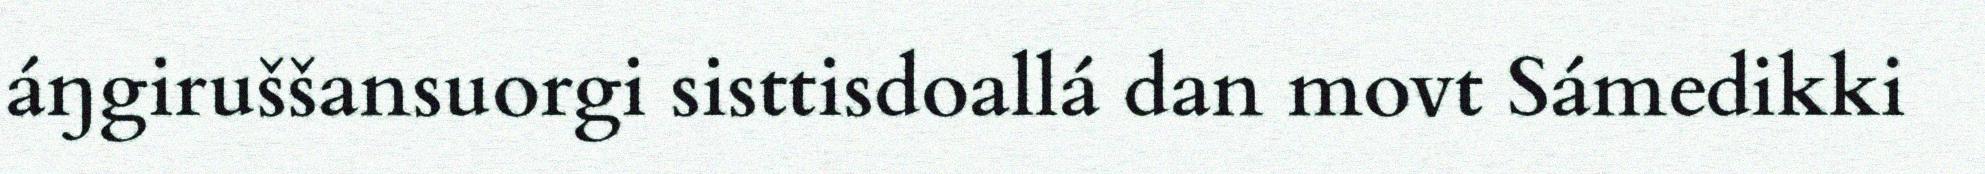
áŋgiruššansuorgi sisttisdoallá dan movt Sámedikki